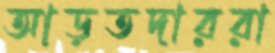
আড়তদাররা